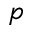
p